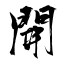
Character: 開